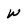
Character: w